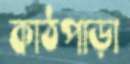
কাঠপাড়া